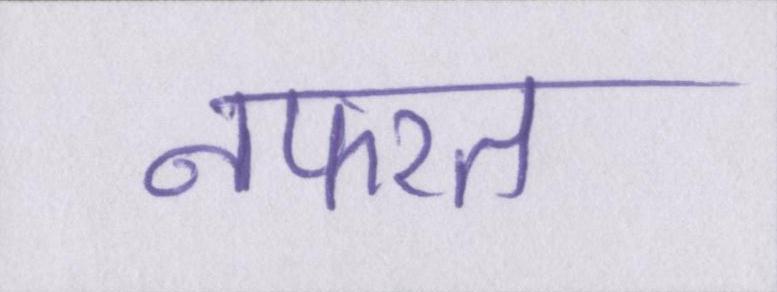
नफरत